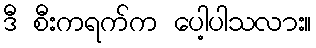
ဒီ စီးကရက်က ပေါ့ပါသလား။